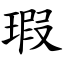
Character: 瑕